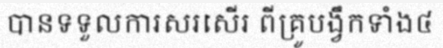
បានទទួលការសរសើរ ពីគ្រូបង្វឹកទាំង៤